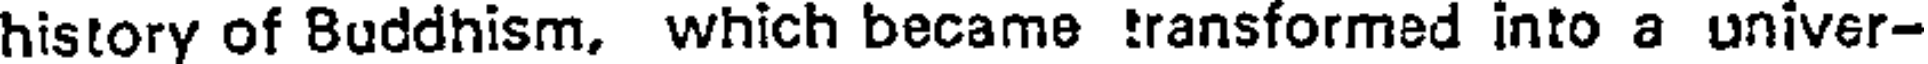
history of Buddhism, which became transformed into a univer-